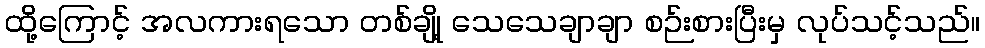
ထို့ကြောင့် အလကားရသော တစ်ချို့ သေသေချာချာ စဉ်းစားပြီးမှ လုပ်သင့်သည်။